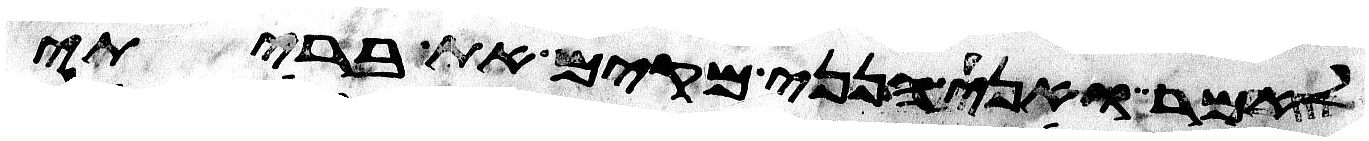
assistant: לאמר ואני הנני מקים את בריתי